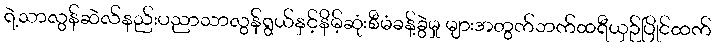
ရဲ့သာလွန်ဆဲလ်နည်းပညာသာလွန်ရွယ်နှင့်နိမ့်ဆုံးစီမံခန့်ခွဲမှု များအတွက်ဘက်ထရီယှဉ်ပြိုင်ထက်